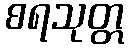
စရသုတ္တ